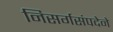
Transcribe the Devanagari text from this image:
निसर्गसंपदेने